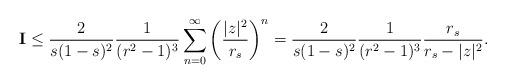
LaTeX: \begin{align*} \textbf{I} \leq \frac{2}{s(1-s)^2}\frac{1}{(r^2 -1)^3} \sum_{n=0}^{\infty} \left(\frac{|z|^2}{r_{s}}\right)^{n} = \frac{2}{s(1-s)^2}\frac{1}{(r^2 -1)^3} \frac{r_{s}}{r_{s}- |z|^2 }.\end{align*}